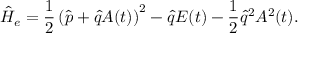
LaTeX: \hat { H } _ { e } = \frac { 1 } { 2 } \left( \hat { p } + \hat { q } A ( t ) \right) ^ { 2 } - \hat { q } E ( t ) - \frac { 1 } { 2 } \hat { q } ^ { 2 } A ^ { 2 } ( t ) .